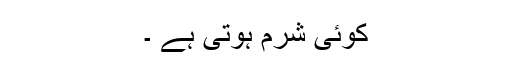
کوئی شرم ہوتی ہے ۔